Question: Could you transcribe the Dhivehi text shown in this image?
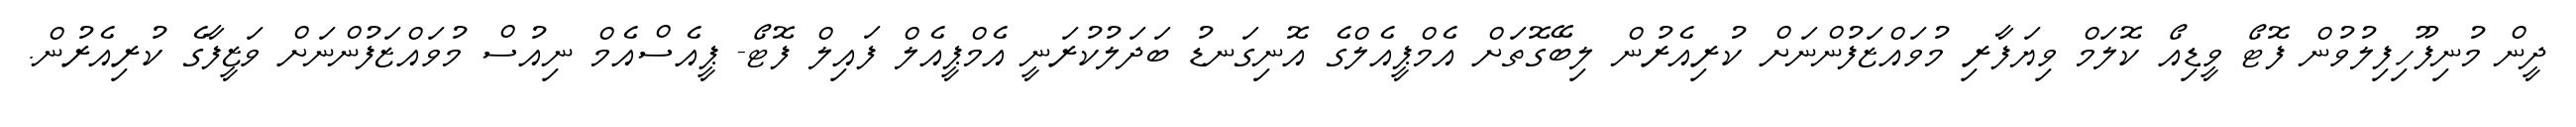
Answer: ދީން މުނިފޫހިފިލުވުން ފޮޓޯ ވީޑިއޯ ކޮލަމް ވިޔަފާރި މުވައްޒަފުންނަށް ކުރިއެރުން ލިބޭގޮތަށް އެމްޕީއެލްގެ އޮނިގަނޑު ބަދަލުކުރަނީ އެމްޕީއެލް ފައިލް ފޮޓޯ- ޕީއެސްއެމް ނިއުސް މުވައްޒަފުންނަށް ވަޒީފާގެ ކުރިއެރުން.